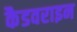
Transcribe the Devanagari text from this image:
कैडवराइन